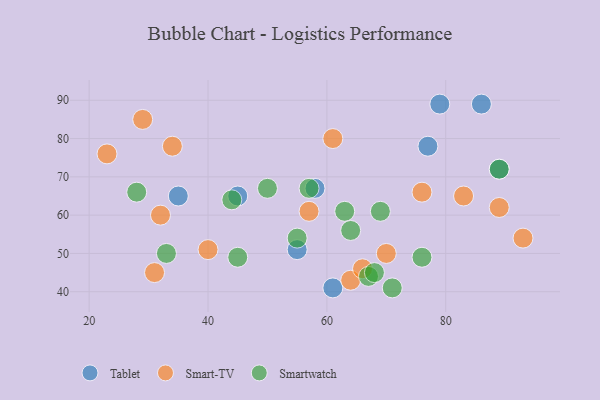
{"axis": {"x": "GDP", "y": "Life Expectancy"}, "legend": ["Smart-TV", "Smartwatch", "Tablet"], "data": [{"x": "79", "y": 89, "type": "Tablet"}, {"x": "77", "y": 78, "type": "Tablet"}, {"x": "86", "y": 89, "type": "Tablet"}, {"x": "45", "y": 65, "type": "Tablet"}, {"x": "89", "y": 72, "type": "Tablet"}, {"x": "58", "y": 67, "type": "Tablet"}, {"x": "35", "y": 65, "type": "Tablet"}, {"x": "55", "y": 51, "type": "Tablet"}, {"x": "61", "y": 41, "type": "Tablet"}, {"x": "76", "y": 66, "type": "Smart-TV"}, {"x": "31", "y": 45, "type": "Smart-TV"}, {"x": "61", "y": 80, "type": "Smart-TV"}, {"x": "64", "y": 43, "type": "Smart-TV"}, {"x": "34", "y": 78, "type": "Smart-TV"}, {"x": "70", "y": 50, "type": "Smart-TV"}, {"x": "23", "y": 76, "type": "Smart-TV"}, {"x": "66", "y": 46, "type": "Smart-TV"}, {"x": "29", "y": 85, "type": "Smart-TV"}, {"x": "32", "y": 60, "type": "Smart-TV"}, {"x": "40", "y": 51, "type": "Smart-TV"}, {"x": "83", "y": 65, "type": "Smart-TV"}, {"x": "57", "y": 61, "type": "Smart-TV"}, {"x": "89", "y": 62, "type": "Smart-TV"}, {"x": "93", "y": 54, "type": "Smart-TV"}, {"x": "57", "y": 67, "type": "Smartwatch"}, {"x": "69", "y": 61, "type": "Smartwatch"}, {"x": "67", "y": 44, "type": "Smartwatch"}, {"x": "44", "y": 64, "type": "Smartwatch"}, {"x": "45", "y": 49, "type": "Smartwatch"}, {"x": "76", "y": 49, "type": "Smartwatch"}, {"x": "63", "y": 61, "type": "Smartwatch"}, {"x": "50", "y": 67, "type": "Smartwatch"}, {"x": "89", "y": 72, "type": "Smartwatch"}, {"x": "71", "y": 41, "type": "Smartwatch"}, {"x": "64", "y": 56, "type": "Smartwatch"}, {"x": "68", "y": 45, "type": "Smartwatch"}, {"x": "55", "y": 54, "type": "Smartwatch"}, {"x": "28", "y": 66, "type": "Smartwatch"}, {"x": "33", "y": 50, "type": "Smartwatch"}]}